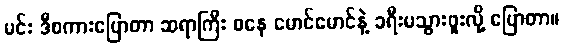
မင်း ဒီစကားပြောတာ ဆရာကြီး စနေ မောင်မောင်နဲ့ ခရီးမသွားဖူးလို့ ပြောတာ။